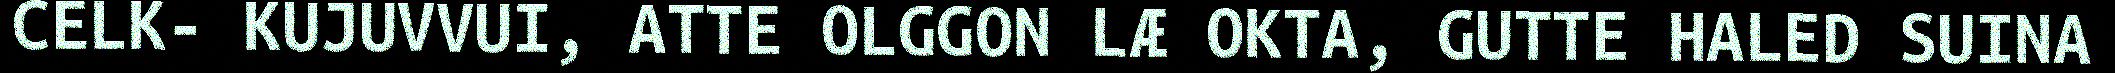
CELK- KUJUVVUI, ATTE OLGGON LÆ OKTA, GUTTE HALED SUINA